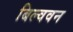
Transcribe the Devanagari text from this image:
बिल्ववन